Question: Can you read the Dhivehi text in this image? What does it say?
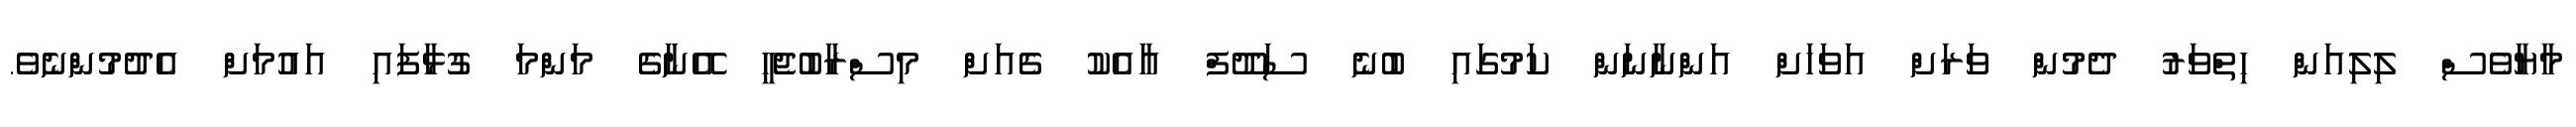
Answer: މާޔާވެސް ލިލިއަން ހިތްވަރު ދެމުން ވަރަށް އަވަހަށް އަންނާނަން ކަމުގައި ބުނެ ސަދޫފް އާއެކު ގެއަށް މިސްރާބުޖެހީ އޭނާގެ މަންމަ ގުޅާފައި އައުމަށް އެދުމުންނެވެ.